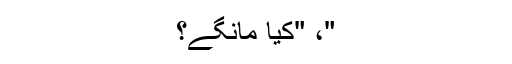
"، "کیا مانگے؟